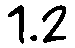
1.2